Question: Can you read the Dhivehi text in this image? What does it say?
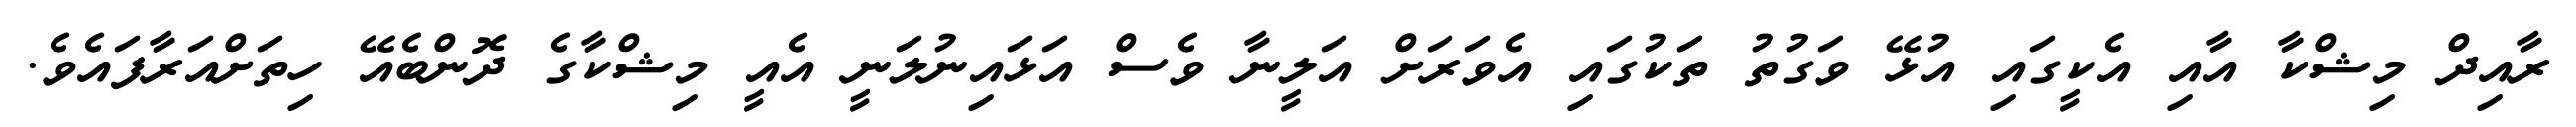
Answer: ރާއިދް މިޝްކާ އާއި އެކީގައި އުޅޭ ވަގުތު ތަކުގައި އެވަރަށް އަލީނާ ވެސް އަޅައިނުލަނީ އެއީ މިޝްކާގެ ދޮންބެއޭ ހިތަށްއަރާފައެވެ.